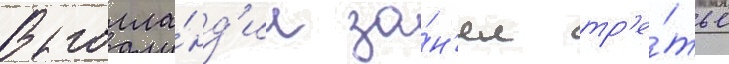
В голла́нд'ии за́н'ял тр'е́тье